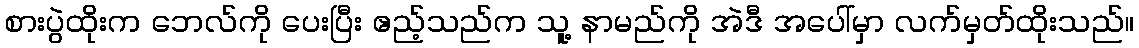
စားပွဲထိုးက ဘေလ်ကို ပေးပြီး ဧည့်သည်က သူ့ နာမည်ကို အဲဒီ အပေါ်မှာ လက်မှတ်ထိုးသည်။